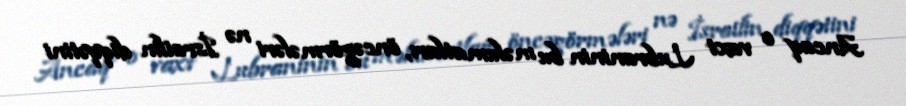
Ancaq o vaxt Lubraninin bu məlumatları, öncəgörmələri nə İsrailin diqqətini